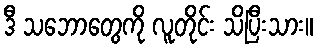
ဒီ သဘောတွေကို လူတိုင်း သိပြီးသား။